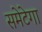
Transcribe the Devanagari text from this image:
समेटेगा